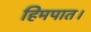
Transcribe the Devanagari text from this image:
हिमपात।